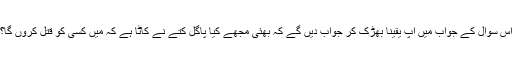
اس سوال کے جواب میں آپ یقیناً بھڑک کر جواب دیں گے کہ بھئی مجھے کیا پاگل کتے نے کاٹا ہے کہ میں کسی کو قتل کروں گا؟